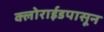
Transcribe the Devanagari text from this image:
क्लोराईडपासून